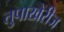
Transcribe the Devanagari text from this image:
तुपाखेरीज